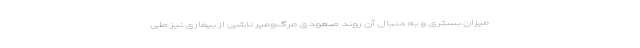
میزان بستری و به دنبال آن روند صعودی مرگ‌ومیر ناشی از بیماری نیز طی